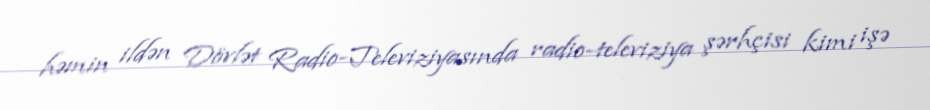
həmin ildən Dövlət Radio-Televiziyasında radio-televiziya şərhçisi kimi işə